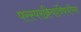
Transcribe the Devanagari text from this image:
परस्परक्रियांविषयीच्या